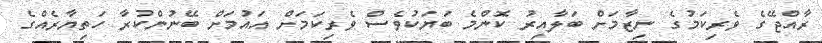
ރާއްޖޭގެ ވެރިކަމުގެ ނިޒާމަށް ބަލާއިރު ކޮންމެ ބަޔަކުވެސް ވެރިކަމަށް އައުމަށް ބޭނުންކުރާ ހަތިޔާރެއްގެ